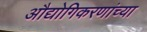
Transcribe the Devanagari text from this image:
औद्योगिकरणांच्या